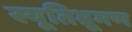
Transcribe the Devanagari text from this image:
स्यूतिभ्रूमण